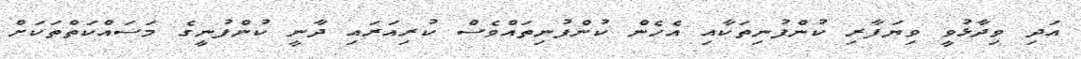
އަދި ވިދާޅުވީ ވިޔަފާރި ކުންފުނިތަކާއި އެހެން ކުންފުނިތައްވެސް ކުރިއަރައި ދާނީ ކުންފުނީގެ މަސައްކަތްތަކަށް